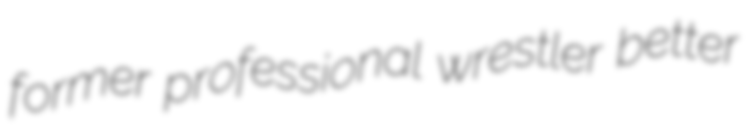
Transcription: former professional wrestler better